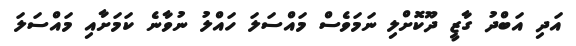
އަދި އަބްދު ގާޒީ ދޫކޮށްލި ނަމަވެސް މައްސަލަ ހައްލު ނުވާނެ ކަމަށާއި މައްސަލަ